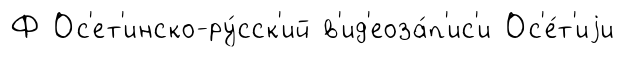
Ф Ос'ет'инско-ру́сск'ий в'ид'еоза́п'ис'и Ос'е́т'иjи